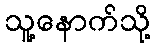
သူ့နောက်သို့